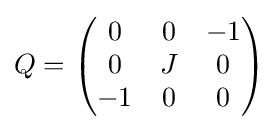
Q={\begin{pmatrix}0&0&-1\\0&J&0\\-1&0&0\end{pmatrix}}